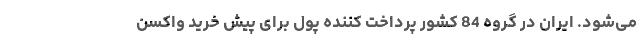
می‌شود. ایران در گروه 84 کشور پرداخت کننده پول برای پیش خرید واکسن